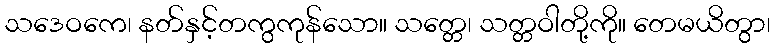
သဒေဝကေ၊ နတ်နှင့်တကွကုန်သော။ သတ္တေ၊ သတ္တဝါတို့ကို။ တေမယိတွာ၊